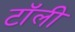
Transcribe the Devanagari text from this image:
टॉली